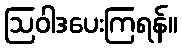
ဩဝါဒပေးကြရန်။